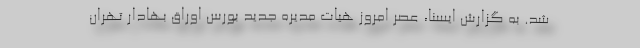
شد. به گزارش ایسنا، عصر امروز هیات مدیره جدید بورس اوراق بهادار تهران